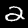
Label: 2